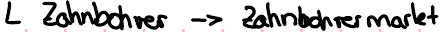
Zahnbohrer -> Zahnbohrermarkt